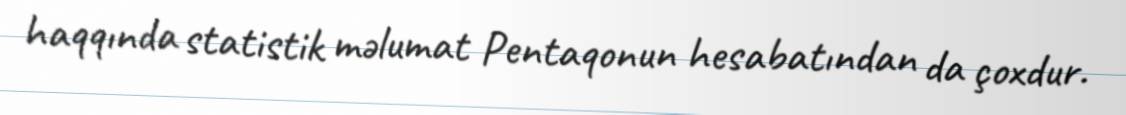
haqqında statistik məlumat Pentaqonun hesabatından da çoxdur.